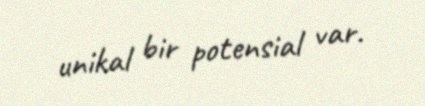
unikal bir potensial var.